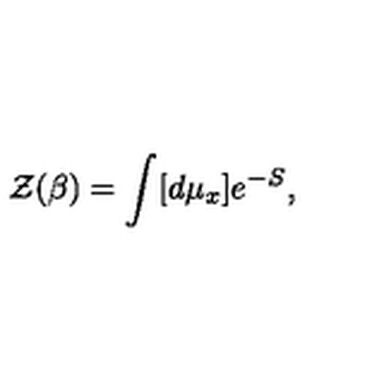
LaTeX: { \cal Z } ( \beta ) = \int [ d \mu _ { x } ] e ^ { - S } ,